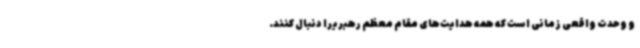
و وحدت واقعی زمانی است که همه هدایت‌های مقام معظم رهبریرا دنبال کنند.